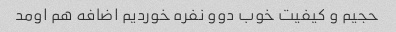
حجیم و کیفیت خوب دوو نفره خوردیم اضافه هم اومد